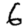
Digit: 6